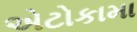
એટોકામા